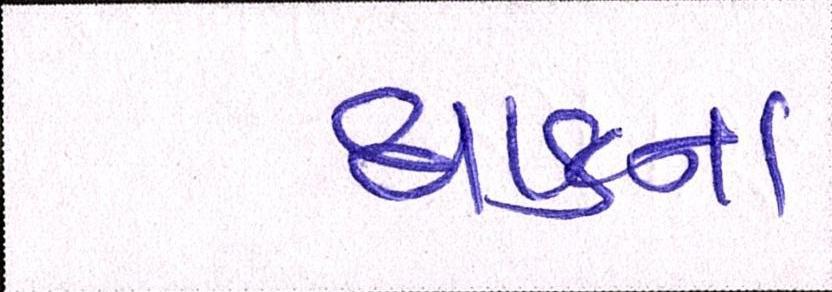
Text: ધાકના